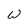
Character: W